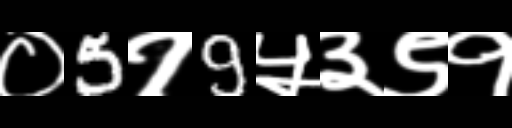
Text: ०5१9५३९१